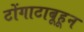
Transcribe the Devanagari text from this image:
टोंगाटाबूहून